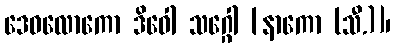
ဒေဝလောကော ဒိဝေါ သဂ္ဂေါ [နာကော (သီ.)]၊